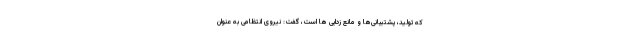
که تولید، پشتیبانی‌ها و مانع زدایی ها است، گفت: نیروی انتظامی به عنوان